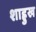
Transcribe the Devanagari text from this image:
शाह्रुख